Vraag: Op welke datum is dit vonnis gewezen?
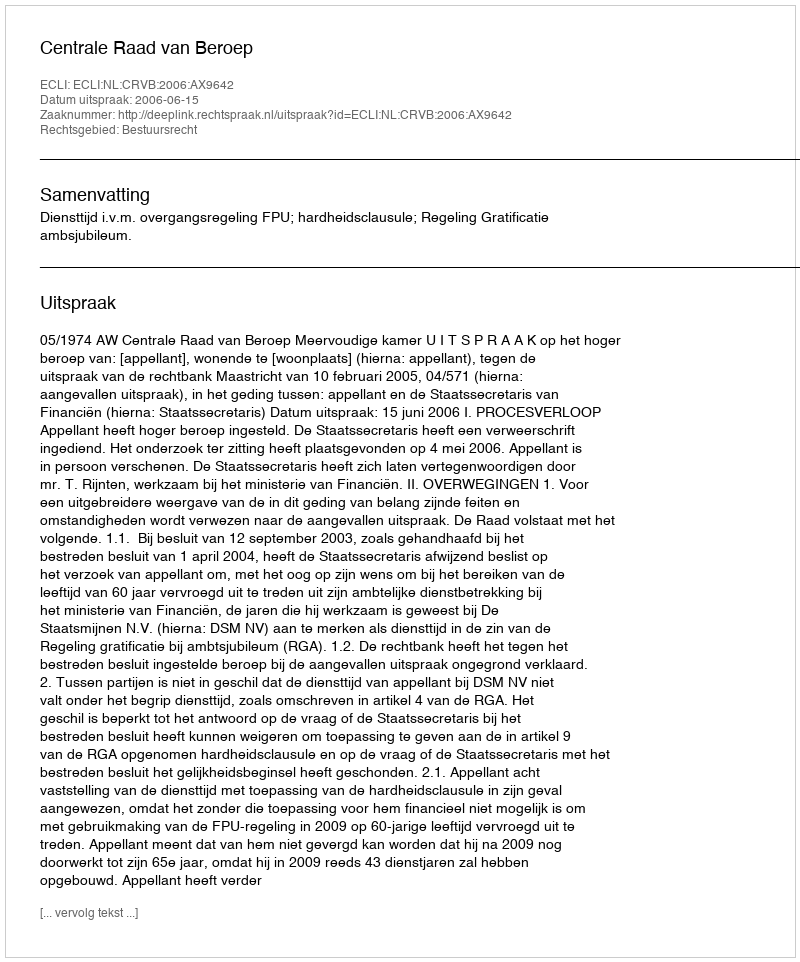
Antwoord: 2006-06-15